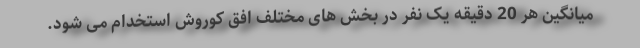
میانگین هر 20 دقیقه یک نفر در بخش های مختلف افق کوروش استخدام می شود.